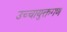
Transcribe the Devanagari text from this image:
उच्चायुक्तगण